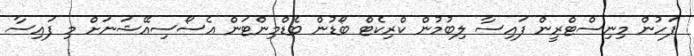
ފަހުން މިނިސްޓްރީން ފައިސާ ލިބުމުން ކްރިކެޓް ބޯޑުން ބެޑްމިންޓަން އެސޯސިއޭޝަނަށް މި ފައިސާ